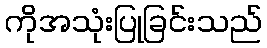
ကိုအသုံးပြုခြင်းသည်